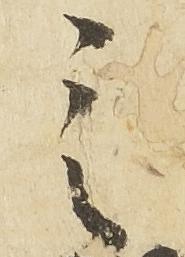
之